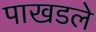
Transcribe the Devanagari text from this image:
पाखडले